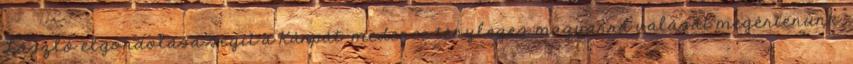
László elgondolása segít a Kárpát-medence tényleges magyarrá válását megértenünk.